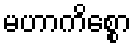
မဟာကိစ္စော